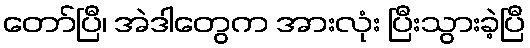
တော်ပြီ၊ အဲဒါတွေက အားလုံး ပြီးသွားခဲ့ပြီ